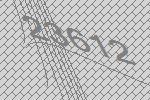
23612